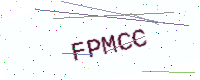
Text: FPMCC